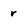
Character: r